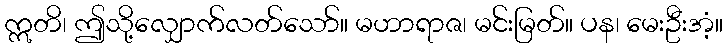
ဣတိ၊ ဤသို့လျှောက်လတ်သော်။ မဟာရာဇ၊ မင်းမြတ်။ ပန၊ မေးဦးအံ့။